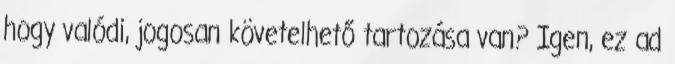
hogy valódi, jogosan követelhető tartozása van? Igen, ez ad